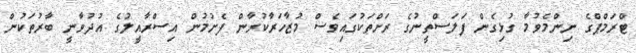
ޓްރަމްޕްގެ ނިންމެވުމާ ގުޅިގެން ފަލަސްތީނުގެ ރަށްތަކުގައިވެސް މުޒާހަރާކުރާން ފެށުމުން އިސްރާއީލުގެ އުދުވާނީ ބާރުތަކުން